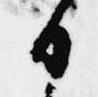
日